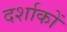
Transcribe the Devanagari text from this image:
दर्शाकों